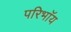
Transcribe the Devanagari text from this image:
परिभाॅय